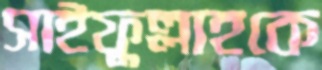
সাইফুল্লাহকে